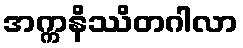
အက္ကနိဿိတဂါလာ